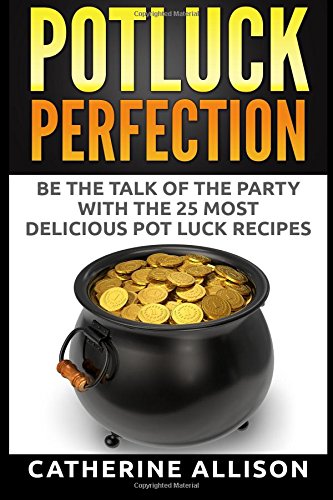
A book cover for Potluck Perfection: Be the Talk of the Party with the 25 Most Delicious Pot Luck Recipes; Catherine Allison; Cookbooks, Food & Wine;